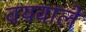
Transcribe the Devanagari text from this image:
वयवाले